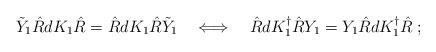
LaTeX: \begin{align*}\tilde{Y}_{1} \hat{R} dK_{1} \hat{R} = \hat{R} dK_{1} \hat{R} \tilde{Y}_{1}\quad \Longleftrightarrow \quad \hat{R} dK^{\dagger}_1 \hat{R} Y_1= Y_1 \hat{R} dK^{\dagger}_1 \hat{R}\;;\end{align*}